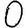
Digit: 0